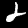
Digit: 2